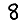
Digit: 8